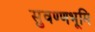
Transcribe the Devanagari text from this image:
सुवण्णभूमि